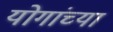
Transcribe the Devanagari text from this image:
योगांच्या